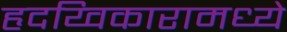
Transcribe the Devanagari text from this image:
हृदय्विकारामध्ये